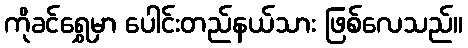
ကိုခင်ရွှေမှာ ပေါင်းတည်နယ်သား ဖြစ်လေသည်။